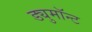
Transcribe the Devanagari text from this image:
ड्युमाॅन्ट